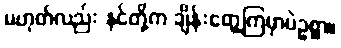
မဟုတ်လည်း နင်တို့က ချိန်းတွေ့ကြမှာပဲဥစ္စာ။